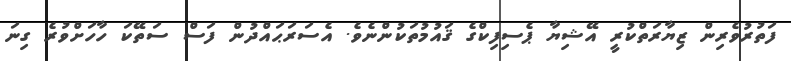
ފަތުރުވެރިން ޒިޔާރަތްކުރީ އޭޝިޔާ ޕެސިފިކްގެ ޤައުމުތަކުންނެވެ. އެސަރަޙައްދުން ފަސް ސަތޭކަ ހާހަށްވުރެ ގިނަ